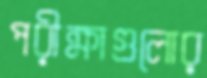
পরীক্ষাগুলোর